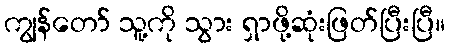
ကျွန်တော် သူ့ကို သွား ရှာဖို့ဆုံးဖြတ်ပြီးပြီ။